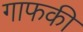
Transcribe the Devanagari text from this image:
गाफकी